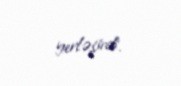
yerləşirdi.